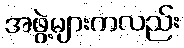
အဖွဲ့များကလည်း